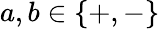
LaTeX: a,b\in\{ +,-\}